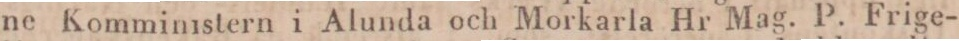
ne Komministern i Alunda och Morkarla Hr Mag. P. Frige-